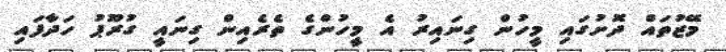
މޭޒުތައް ދޮށުގައި މީހުން ގިނައިރު އެ މީހުންގެ ތެރެއިން ގިނައީ ގުރޫޕު ހަދާފައި